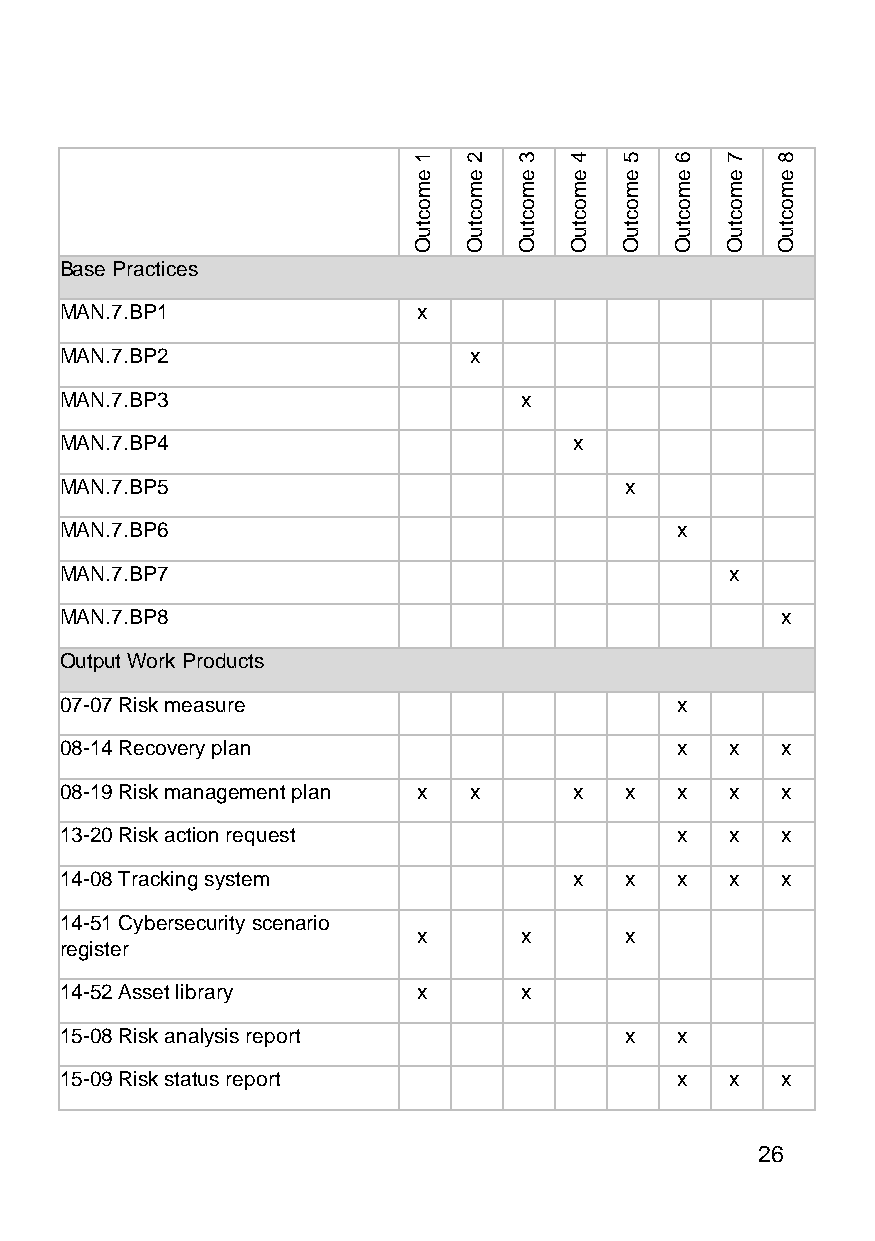
1   2  3   4  5   6  7  8
 e   e  e   e  e   e  e  e
 m   m  m   m  m   m  m  m
 o   o  o   o  o   o  o  o
 c   c  c   c  c   c  c  c
 tu  tu tu  tu tu  tu tu tu
 O   O  O   O  O   O  O  O
 Base Practices
 MAN.7.BP1               x
 MAN.7.BP2                  x
 MAN.7.BP3                     x
 MAN.7.BP4                         x
 MAN.7.BP5                            x
 MAN.7.BP6                                x
 MAN.7.BP7                                   x
 MAN.7.BP8                                       x
 Output Work Products
 07-07 Risk measure                       x
 08-14 Recovery plan                      x  x   x
 08-19 Risk management plan x x    x  x   x  x   x
 13-20 Risk action request                x  x   x
 14-08 Tracking system             x  x   x  x   x
 14-51 Cybersecurity scenario
 x     x      x
 register
 14-52 Asset library     x     x
 15-08 Risk analysis report           x   x
 15-09 Risk status report                 x  x   x
 26